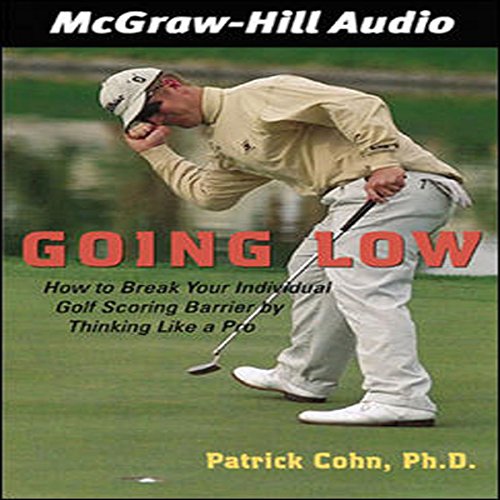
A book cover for Going Low: How to Break Your Individual Golf Scoring Barrier by Thinking Like a Pro; Patrick J. Cohn; Sports & Outdoors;